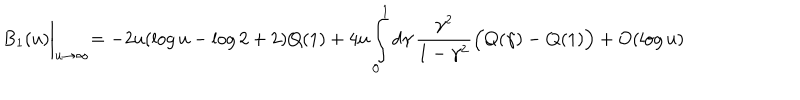
B _ { 1 } ( u ) \biggl | _ { u \to \infty } = - 2 u ( \log u - \log 2 + 2 ) Q ( 1 ) + 4 u \int _ { 0 } ^ { 1 } d \gamma \, \frac { \gamma ^ { 2 } } { 1 - \gamma ^ { 2 } } \Bigl ( Q ( \gamma ) - Q ( 1 ) \Bigr ) + O ( \log u )